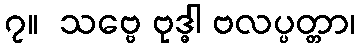
၇။  သဗ္ဗေ ဗုဒ္ဓါ ဗလပ္ပတ္တာ၊